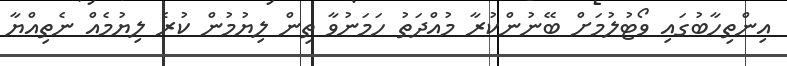
އިންތިހާބުގައި ވޯޓުލުމަށް ބޭނުންކުރާ މުއްދަތު ހަމަނުވާ ތިން ލިޔުމުން ކުރެ ލިޔުމެއް ނެތިއްޔާ